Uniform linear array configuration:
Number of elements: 12
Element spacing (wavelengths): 0.25
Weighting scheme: hann
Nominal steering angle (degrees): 15
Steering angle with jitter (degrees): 15.622
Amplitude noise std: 0.05
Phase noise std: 0.05

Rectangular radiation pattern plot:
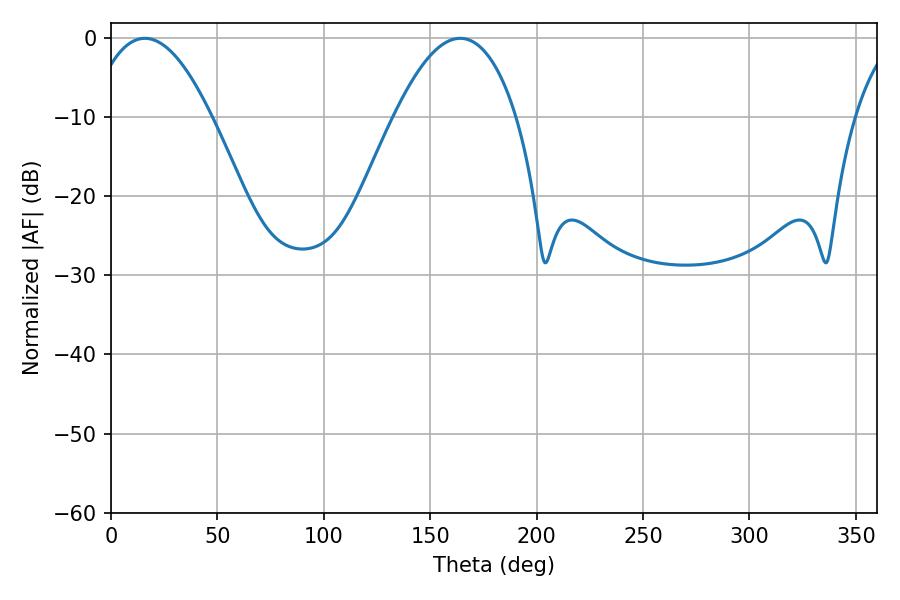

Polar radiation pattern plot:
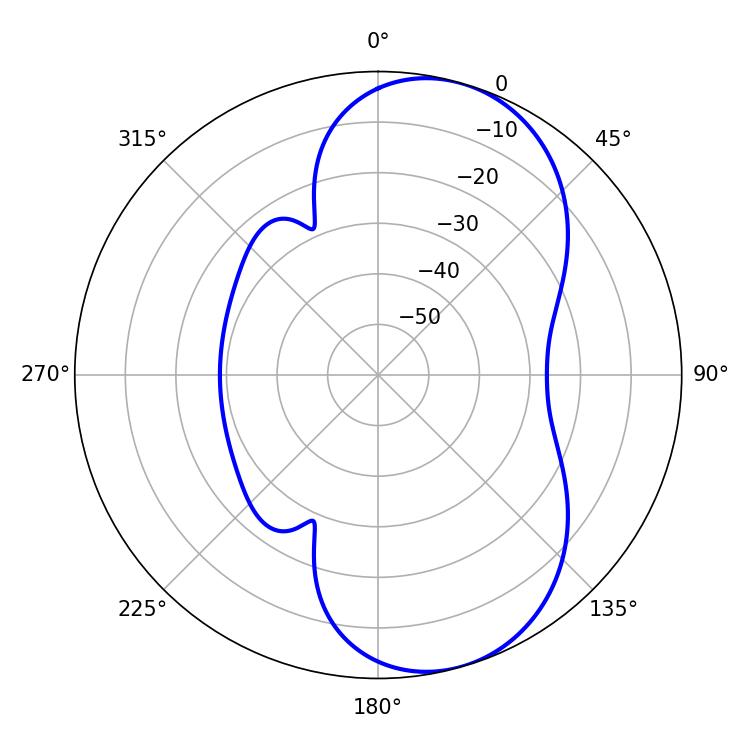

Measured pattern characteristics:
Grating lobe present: FALSE
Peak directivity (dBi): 7.593
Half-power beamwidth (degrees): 31.68
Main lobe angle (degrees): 15.84